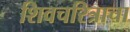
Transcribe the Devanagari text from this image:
शिवचरित्राचा